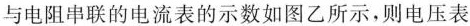
的示数为_____，电流表的示数为______，